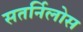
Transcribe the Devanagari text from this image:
सतर्निलोस